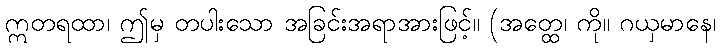
ဣတရထာ၊ ဤမှ တပါးသော အခြင်းအရာအားဖြင့်။ (အတ္ထေ၊ ကို။ ဂယှမာနေ၊